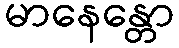
မာနေန္တော